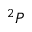
^ 2 P